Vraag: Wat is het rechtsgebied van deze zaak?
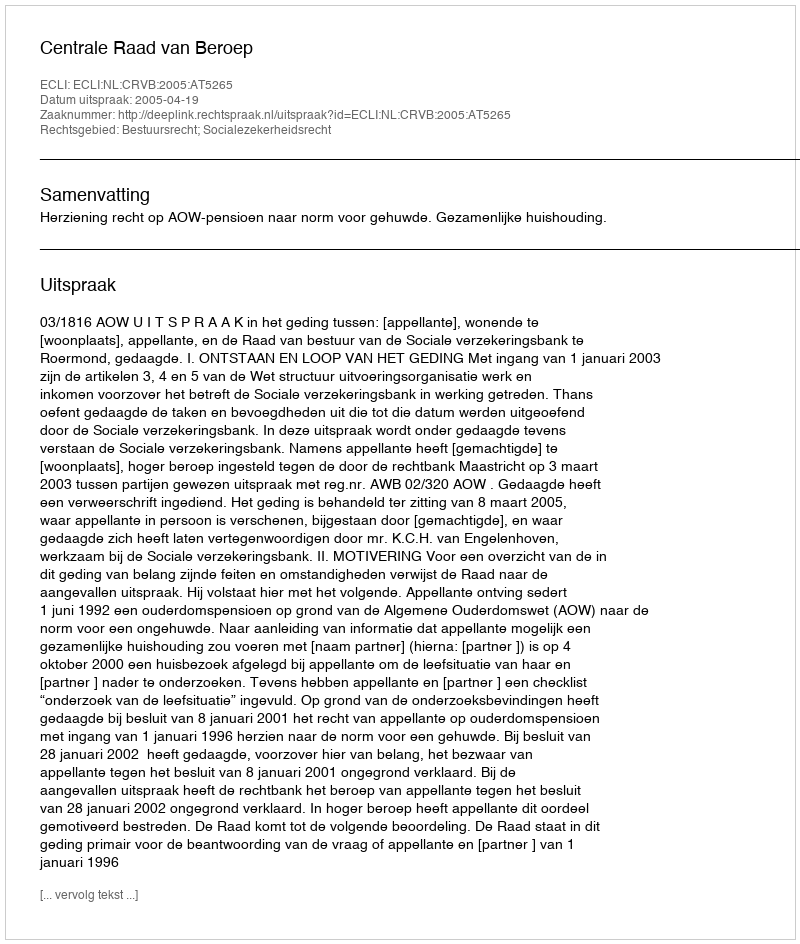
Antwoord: Bestuursrecht; Socialezekerheidsrecht